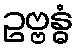
ဥဗ္ဗန္ဓံ